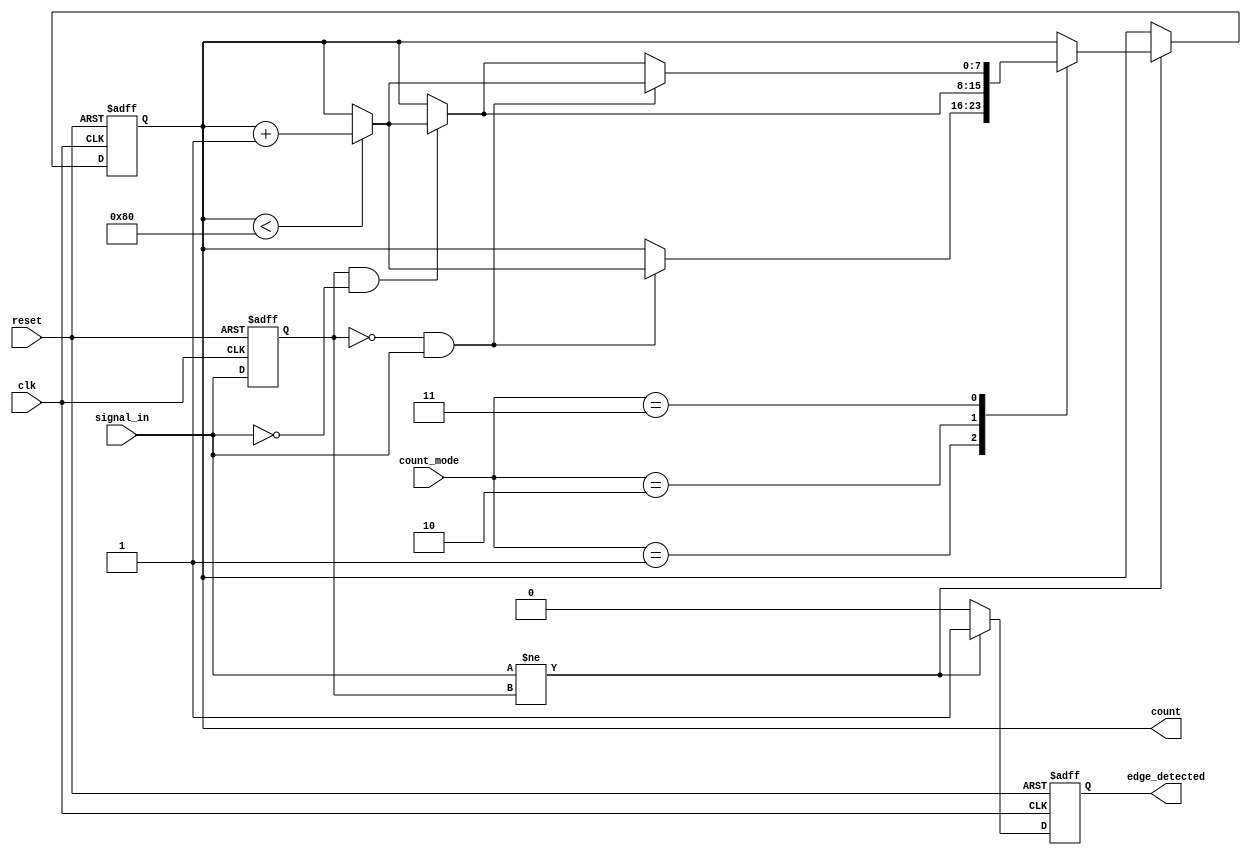
module edge_counter #(
    parameter COUNTER_WIDTH = 8 // Parameterized counter width (8 bits by default)
)(
    input wire clk,
    input wire reset,
    input wire signal_in,
    input wire [1:0] count_mode, // 00: none, 01: rising, 10: falling, 11: both
    output reg [COUNTER_WIDTH-1:0] count,
    output reg edge_detected
);

    // State registers
    reg signal_in_prev;

    // Edge detection and counting process
    always @(posedge clk or posedge reset) begin
        if (reset) begin
            count <= 0;
            edge_detected <= 0;
            signal_in_prev <= 0;
        end else begin
            // Initialize the edge detected signal
            edge_detected <= 0;

            // Edge detection logic
            if (signal_in != signal_in_prev) begin
                // An edge is detected
                edge_detected <= 1;

                // Check count mode
                case (count_mode)
                    2'b01: // Count rising edges
                        if (signal_in_prev == 0 && signal_in == 1) begin
                            if (count < {1'b1, {(COUNTER_WIDTH-1){1'b0}}}) // Avoid overflow
                                count <= count + 1;
                        end
                    2'b10: // Count falling edges
                        if (signal_in_prev == 1 && signal_in == 0) begin
                            if (count < {1'b1, {(COUNTER_WIDTH-1){1'b0}}}) // Avoid overflow
                                count <= count + 1;
                        end
                    2'b11: // Count both rising and falling edges
                        if (signal_in_prev == 0 && signal_in == 1) begin
                            if (count < {1'b1, {(COUNTER_WIDTH-1){1'b0}}})
                                count <= count + 1;
                        end else if (signal_in_prev == 1 && signal_in == 0) begin
                            if (count < {1'b1, {(COUNTER_WIDTH-1){1'b0}}})
                                count <= count + 1;
                        end
                endcase
            end
            
            // Update previous state
            signal_in_prev <= signal_in;
        end
    end
endmodule